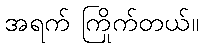
အရက် ကြိုက်တယ်။